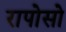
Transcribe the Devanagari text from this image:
रापोसो